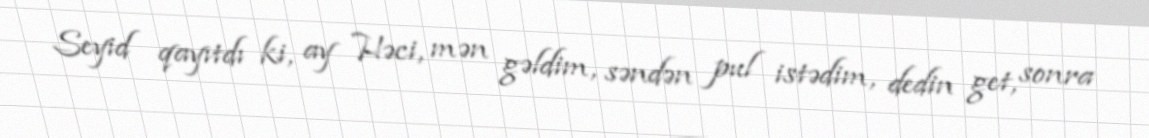
Seyid qayıtdı ki, ay Həci, mən gəldim, səndən pul istədim, dedin get, sonra